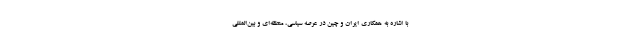
با اشاره به همکاری ایران و چین در عرصه سیاسی، منطقه‌ای و بین‌المللی